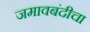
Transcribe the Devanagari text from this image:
जमावबंदीचा